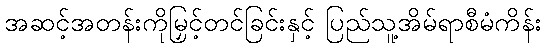
အဆင့်အတန်းကိုမြှင့်တင်ခြင်းနှင့် ပြည်သူ့အိမ်ရာစီမံကိန်း